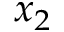
x _ { 2 }